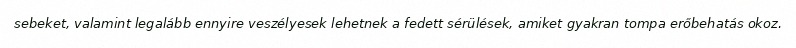
sebeket, valamint legalább ennyire veszélyesek lehetnek a fedett sérülések, amiket gyakran tompa erőbehatás okoz.